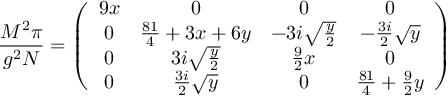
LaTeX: { \frac { M ^ { 2 } \pi } { g ^ { 2 } N } } = \left( \begin{array} { c c c c } { { 9 x } } & { { 0 } } & { { 0 } } & { { 0 } } \\ { { 0 } } & { { { \frac { 8 1 } { 4 } } + 3 x + 6 y } } & { { - 3 i \sqrt { { \frac { y } { 2 } } } } } & { { - { \frac { 3 i } { 2 } } \sqrt { y } } } \\ { { 0 } } & { { 3 i \sqrt { { \frac { y } { 2 } } } } } & { { { \frac { 9 } { 2 } } x } } & { { 0 } } \\ { { 0 } } & { { { \frac { 3 i } { 2 } } \sqrt { y } } } & { { 0 } } & { { { \frac { 8 1 } { 4 } } + { \frac { 9 } { 2 } } y } } \end{array} \right)